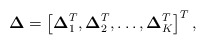
\begin{align*}\boldsymbol{\Delta} = \left[\boldsymbol{\Delta}_1^T, \boldsymbol{\Delta}_2^T, \ldots , \boldsymbol{\Delta}_K^T \right]^T,\end{align*}